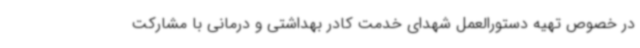
در خصوص تهیه دستورالعمل شهدای خدمت کادر بهداشتی و درمانی با مشارکت